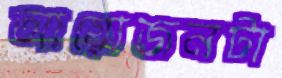
আয়োজনটা